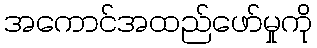
အကောင်အထည်ဖော်မှုကို